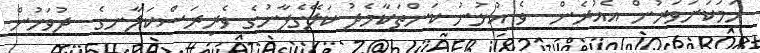
ހަމަކަށަވަރުން އެއުރެން  ވެ އުޅުނު ކަންތަކާމެދު ކަލޭގެފާނުގެ ވެރިރަސްކަލާނގެ  ދުވަހުން